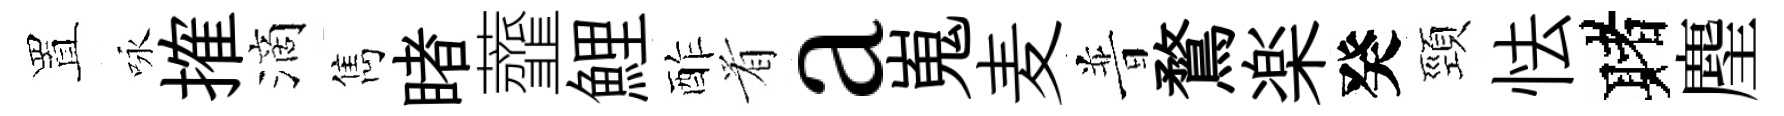
置咏搉滴雋睹虀鯉酢㸔a嵬麦普鶩楽癸頸怯赌麈